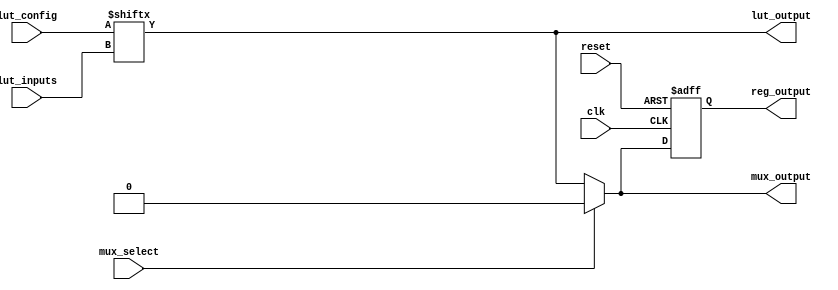
module CLB (
    input wire [3:0] lut_inputs, // Inputs to the LUT
    input wire [15:0] lut_config, // Configuration for the LUT (16 possible outputs for 4 inputs)
    input wire mux_select, // Control signal for MUX
    input wire clk, // Clock for the register
    input wire reset, // Reset signal
    output wire lut_output, // Output from the LUT
    output wire mux_output, // Output from the MUX
    output wire reg_output // Output from the register
);

// Lookup Table (LUT)
wire [3:0] lut_out;
assign lut_out = lut_config[lut_inputs]; // Select output based on LUT configuration

// MUX
wire mux_out;
assign mux_out = mux_select ? lut_out[1] : lut_out[0]; // Simple 2-to-1 MUX for demonstration

// Register (Flip-Flop)
reg reg_out;
always @(posedge clk or posedge reset) begin
    if (reset) begin
        reg_out <= 1'b0; // Reset the register
    end else begin
        reg_out <= mux_out; // Store the output of the MUX
    end
end

// Outputs
assign lut_output = lut_out[0]; // Output from LUT (example output)
assign mux_output = mux_out; // Output from MUX
assign reg_output = reg_out; // Output from Register

endmodule